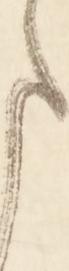
ま